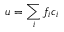
u = \sum _ { i } f _ { i } c _ { i }